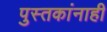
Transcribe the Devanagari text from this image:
पुस्तकांनाही